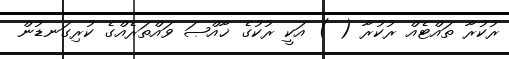
ރުކުރާ ތައްޓެއް ރުކުރާ ( ) އަކީ ރުކުގެ ޚާއްޞަ ވައްތަރެއްގެ ކުރިގަނޑުން